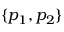
\{ p _ { 1 } , p _ { 2 } \}